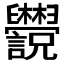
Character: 𬜄